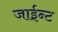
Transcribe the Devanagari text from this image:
जाईन्ट